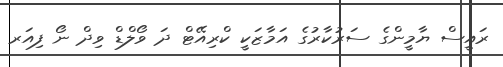
ރައީސް ޔާމީންގެ ސަރުކާރުގެ އަމާޒަކީ ކްރިއޭޓް ދަ ވޯލްޑް ވިދް ނޯ ފިއަރ